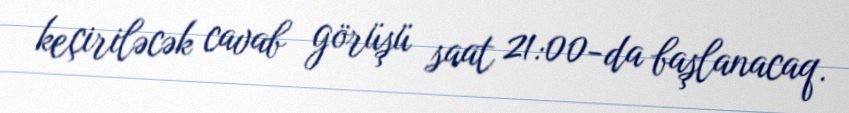
keçiriləcək cavab görüşü saat 21:00-da başlanacaq.